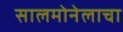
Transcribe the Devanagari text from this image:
सालमोनेलाचा